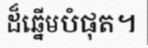
ដ៏ឆ្នើមបំផុត។